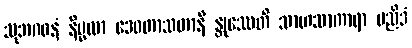
သုဘဂဝနံ နိမ္မလာ ဒေဝတာသတာနိ န္တုဿေတိ သာဟသာကာရာ မညိဒံ